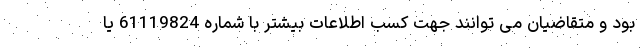
بود و متقاضیان می توانند جهت کسب اطلاعات بیشتر با شماره 61119824 یا